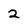
Character: 2